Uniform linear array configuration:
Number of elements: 12
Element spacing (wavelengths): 0.5
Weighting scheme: uniform
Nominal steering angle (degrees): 45
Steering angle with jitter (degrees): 46.086
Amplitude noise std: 0.05
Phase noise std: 0.05

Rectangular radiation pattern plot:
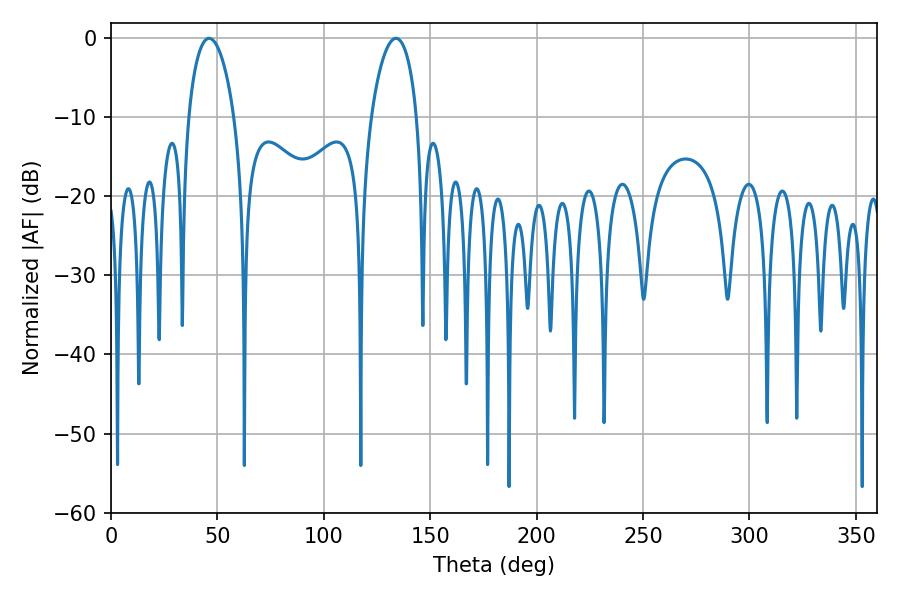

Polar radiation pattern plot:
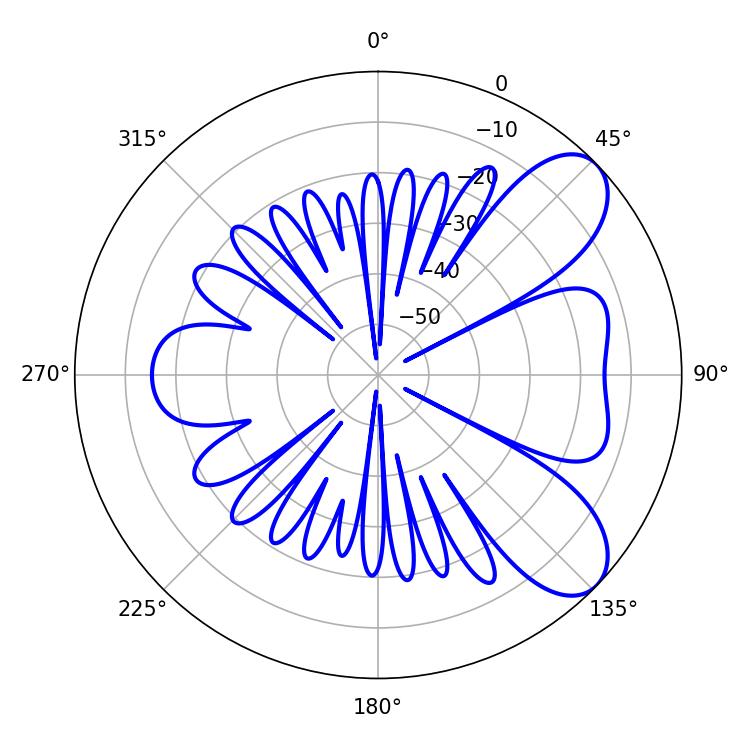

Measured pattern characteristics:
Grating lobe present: FALSE
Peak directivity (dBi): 7.686
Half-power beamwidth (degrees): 12.24
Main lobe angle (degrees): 133.92